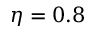
\eta = 0 . 8